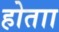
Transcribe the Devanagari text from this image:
होताा